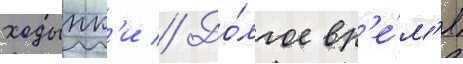
ходынк'и // До́лгое вр'е́м'я